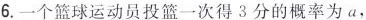
6.一个篮球运动员投篮一次得3分的概率为a，